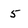
Character: 5